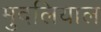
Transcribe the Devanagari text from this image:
मुदलियाल